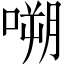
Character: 嗍